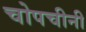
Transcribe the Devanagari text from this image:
चोपचीनी